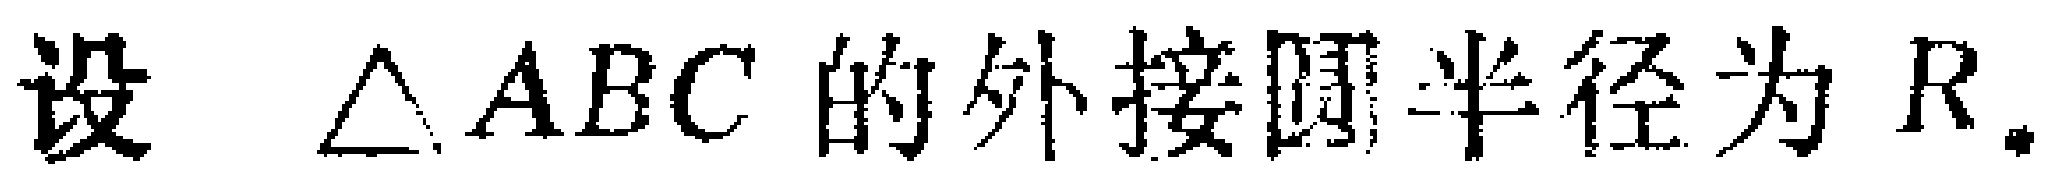
设 $\triangle ABC$ 的外接圆半径为 $R$.